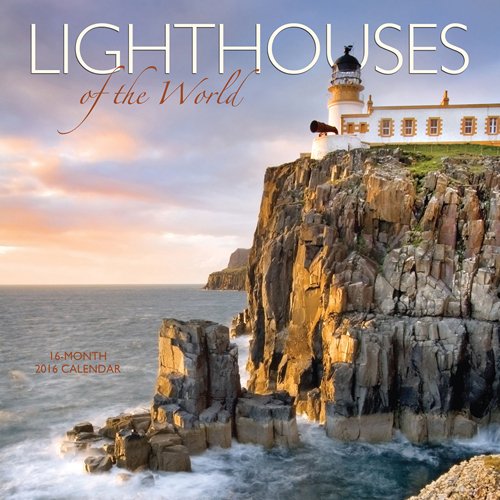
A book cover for Lighthouses Of The World 2016 Square 12X12 Wyman; Browntrout Publishers; Calendars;